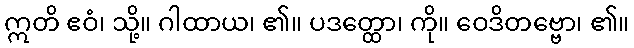
ဣတိ ဧဝံ၊ သို့။ ဂါထာယ၊ ၏။ ပဒတ္ထော၊ ကို။ ဝေဒိတဗ္ဗော၊ ၏။